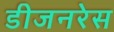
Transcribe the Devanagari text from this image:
डीजनरेस